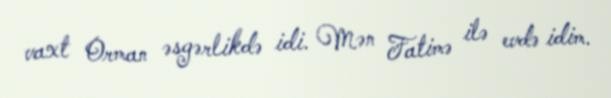
vaxt Orman əsgərlikdə idi. Mən Fatimə ilə evdə idim.